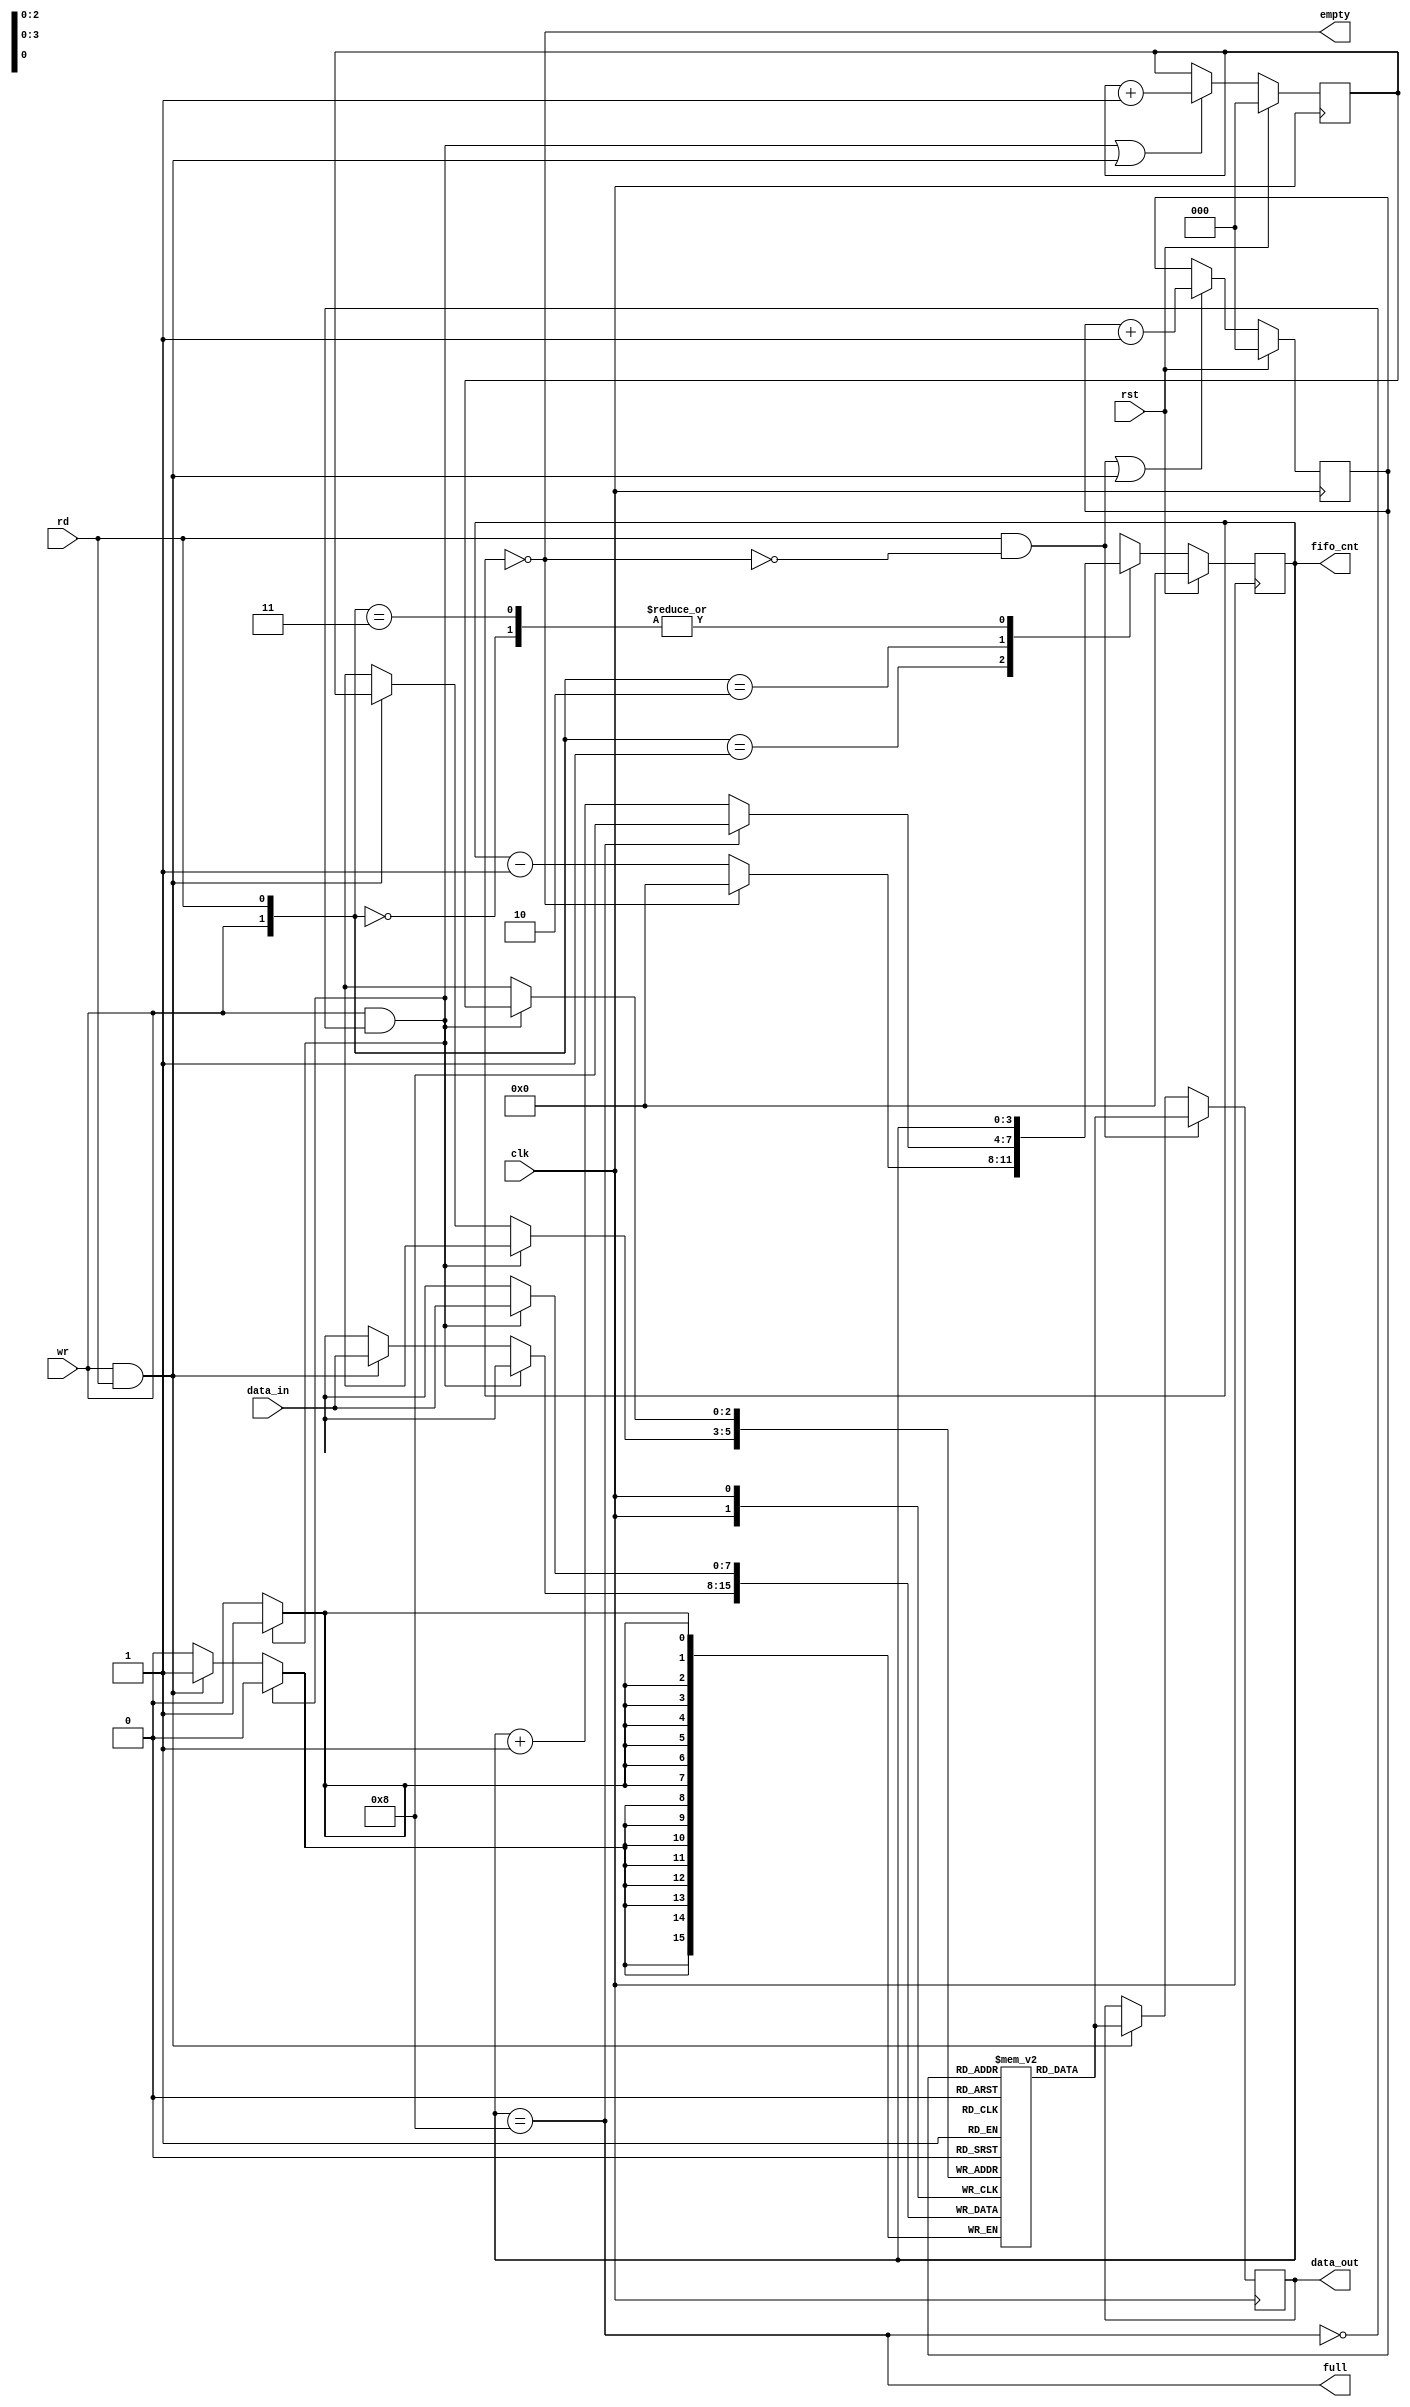
`timescale 1ns / 1ps
//////////////////////////////////////////////////////////////////////////////////
// Company: 
// Engineer: 
// 
// Design Name: 
// Module Name: Synchronous_fifo
// Project Name: 
// Target Devices: 
// Tool Versions: 
// Description: 
// 
// Dependencies: 
// 
// Revision:
// Revision 0.01 - File Created
// Additional Comments:
// 
//////////////////////////////////////////////////////////////////////////////////


module Synchronous_fifo(input [7:0] data_in, input clk, rst, rd, wr,
output empty, full, output reg [3:0]fifo_cnt,
output reg [7:0] data_out);


reg [7:0] fifo_ram [0:7];
reg [2:0] rd_ptr, wr_ptr;
assign empty= (fifo_cnt==0);
assign full =(fifo_cnt==8);
always @(posedge clk) begin: write
if (wr && ! full)
fifo_ram [wr_ptr] <= data_in;
else if (wr && rd)
fifo_ram [wr_ptr] <= data_in;
end

//Read and Write Clock
always @ (posedge clk) begin: read
if (rd && !empty)
data_out <= fifo_ram [rd_ptr];
else if (rd && wr)
data_out <= fifo_ram [rd_ptr];
end



//pointer block
always @(posedge clk) begin: pointer
if (rst) begin
wr_ptr <= 0;
rd_ptr <= 0;
end 
else begin
wr_ptr <= ((wr && ! full) || (wr && rd)) ? wr_ptr+1 :
wr_ptr;
rd_ptr <= ((rd && !empty) || (wr && rd)) ? rd_ptr+1:
rd_ptr;
end
end

//counter
always @(posedge clk) begin: count
if (rst) fifo_cnt <= 0;
else begin
case ({wr, rd})
2'b00: fifo_cnt <= fifo_cnt;
2'b01: fifo_cnt <= (fifo_cnt==0) ? 0: fifo_cnt-1;
2'b10: fifo_cnt <= (fifo_cnt==8) ? 8: fifo_cnt+1;
2'b11 : fifo_cnt <= fifo_cnt;
default: fifo_cnt <= fifo_cnt;
endcase
end
end
endmodule